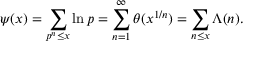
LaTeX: \psi ( x ) = \sum _ { p ^ { n } \leq x } \ln p = \sum _ { n = 1 } ^ { \infty } \theta ( x ^ { 1 / n } ) = \sum _ { n \leq x } \Lambda ( n ) .